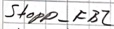
Text: Stopp_FB2